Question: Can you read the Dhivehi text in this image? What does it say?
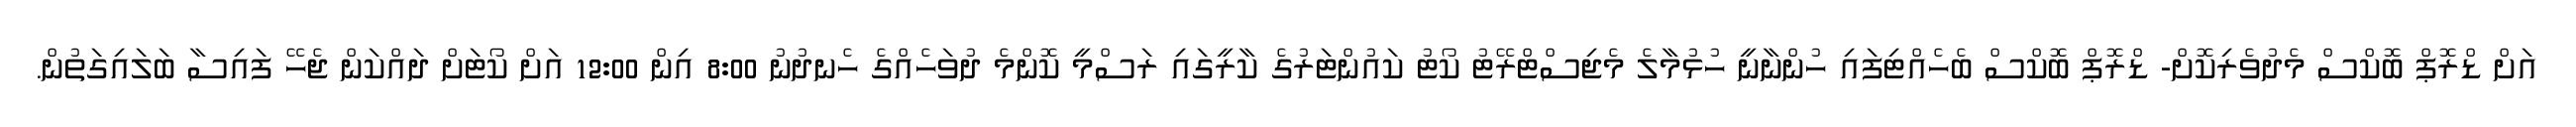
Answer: އަށް ޑްރޮޕް ބޮކްސް މެދުވެރިކޮށް- ޑްރޮޕް ބޮކްސް ބެހެއްޓިފައި ހުންނާނީ ހުޅުމާލެ މެޖިސްޓްރޭޓު ކޯޓު ކައުންޓަރުގެ ކާރީގައި ރަސްމީ ކޮންމެ ދުވަހެއްގެ ހެނދުނު 8:00 އިން 12:00 އަށް ކޯޓަށް ދައްކަން ޖެހޭ ފައިސާ ބަލައިގަތުން.